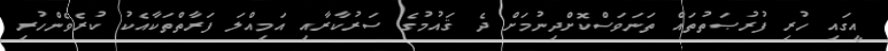
އީގައި ހުރި ފުރުޞަތުތައް ތަނަވަސްކޮށްދިނުމަށް ދެ ޤައުމުގެ ސަރުކާރާއި އަމިއްލަ ފަރާތްތަކާއެކު ކުރެވެންހުރި